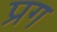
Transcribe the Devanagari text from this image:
प्रग